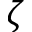
\zeta